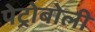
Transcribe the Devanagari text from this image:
पेट्रोबोली